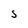
Character: S